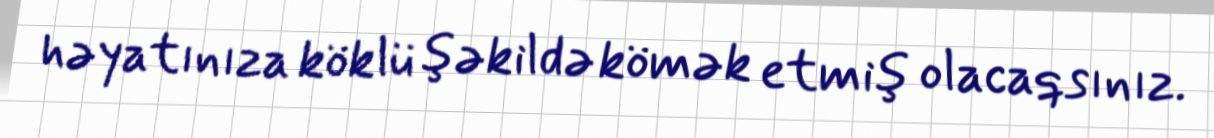
həyatınıza köklü şəkildə kömək etmiş olacaqsınız.